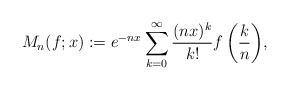
\begin{align*}M_n(f;x):=e^{-nx}\sum^{\infty}_{k=0}{\frac{(nx)^k}{k!}f\left(\frac{k}{n}\right)},\end{align*}